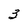
Character: 3